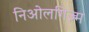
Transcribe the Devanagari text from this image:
निओलगिज़्म